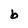
Character: b